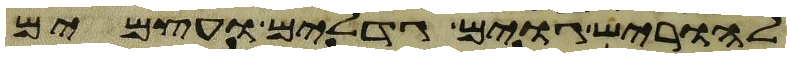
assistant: להוריש גוים גדלים ועצמים